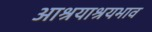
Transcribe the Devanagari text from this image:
आश्रयाश्रयभाव